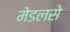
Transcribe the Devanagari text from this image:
मेडलसे